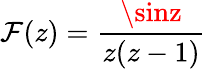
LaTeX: \mathcal{F}(z)={\frac{{\sinz}}{{z(z-1)}}}